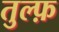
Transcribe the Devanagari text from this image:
तुल्फ़